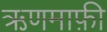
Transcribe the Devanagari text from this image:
ऋणमाफ़ी